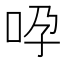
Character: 𠱆